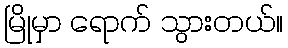
မြိုမှာ ရောက် သွားတယ်။